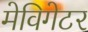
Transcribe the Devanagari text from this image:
मेविगेटर